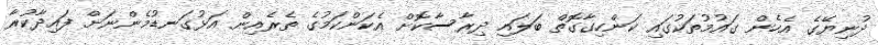
ދުނިޔޭގެ އެހެން ގައުމުތަކުގައި ކަންހިގާގޮތް ބަލައި ދިރާސާކޮށް އެކަންކަމުގެ ތެރެއިން އަޅުގަނޑުމެންނަށް ފައިދާކުރާ